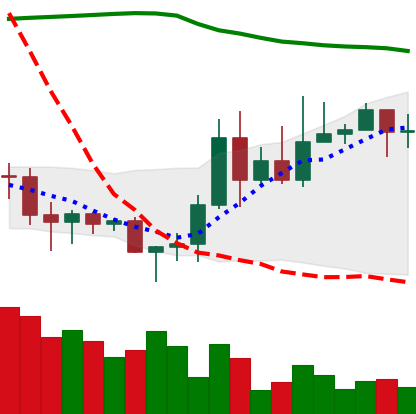
Ticker: DOGE-USD
Chart end date: 2020-11-15
Forward return: 7.531%
Label: up_7plus